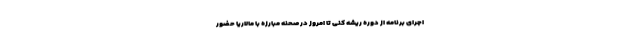
اجرای برنامه از دوره ریشه کنی تا امروز در صحنه مبارزه با مالاریا حضور